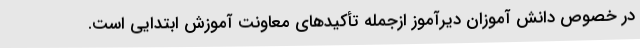
در خصوص دانش آموزان دیرآموز ازجمله تأکیدهای معاونت آموزش ابتدایی است.